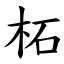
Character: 柘